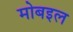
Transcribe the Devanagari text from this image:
मोबइल